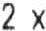
2 X